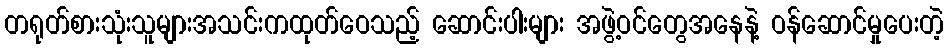
တရုတ်စားသုံးသူများအသင်းကထုတ်ဝေသည့် ဆောင်းပါးများ အဖွဲ့ဝင်တွေအနေနဲ့ ဝန်ဆောင်မှုပေးတဲ့